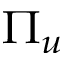
\Pi _ { u }